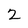
Character: 2